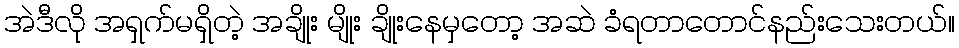
အဲဒီလို အရှက်မရှိတဲ့ အချိုး မျိုး ချိုးနေမှတော့ အဆဲ ခံရတာတောင်နည်းသေးတယ်။